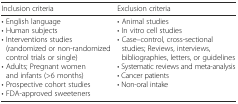
<table><thead><tr><td><b>Inclusion criteria</b></td><td><b>Exclusion criteria</b></td></tr></thead><tbody><tr><td>• English language• Human subjects• Interventions studies (randomized or non-randomized control trials or single)• Adults; Pregnant women and infants (&gt;6 months)• Prospective cohort studies• FDA-approved sweeteners</td><td>• Animal studies• In vitro cell studies• Case–control, cross-sectional studies; Reviews, interviews, bibliographies, letters, or guidelines• Systematic reviews and meta-analysis• Cancer patients• Non-oral intake</td></tr></tbody></table>